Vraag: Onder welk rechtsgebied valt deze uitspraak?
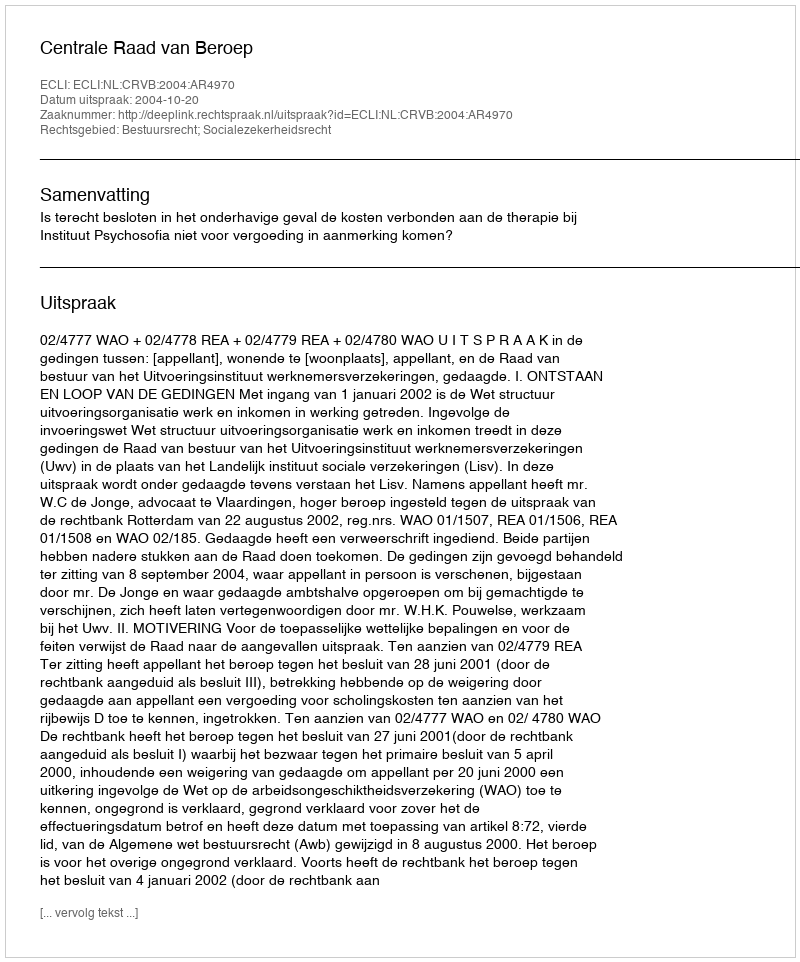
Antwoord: Bestuursrecht; Socialezekerheidsrecht